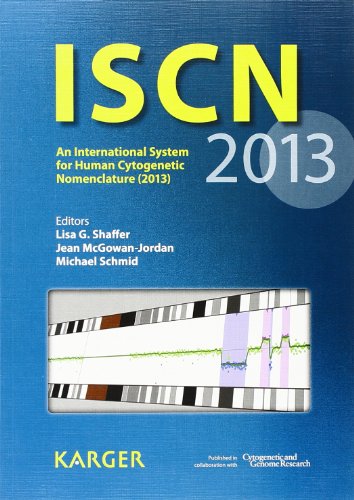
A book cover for ISCN 2013: An International System for Human Cytogenetic Nomenclature (2013) Recommendations of the International Standing Committee on Human ... 'The Normal Human Karyotype G- and R-bands'; Science & Math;